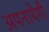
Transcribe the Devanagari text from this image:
अपनायेगी